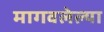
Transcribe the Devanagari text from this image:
मागवलेल्या